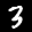
Label: 3